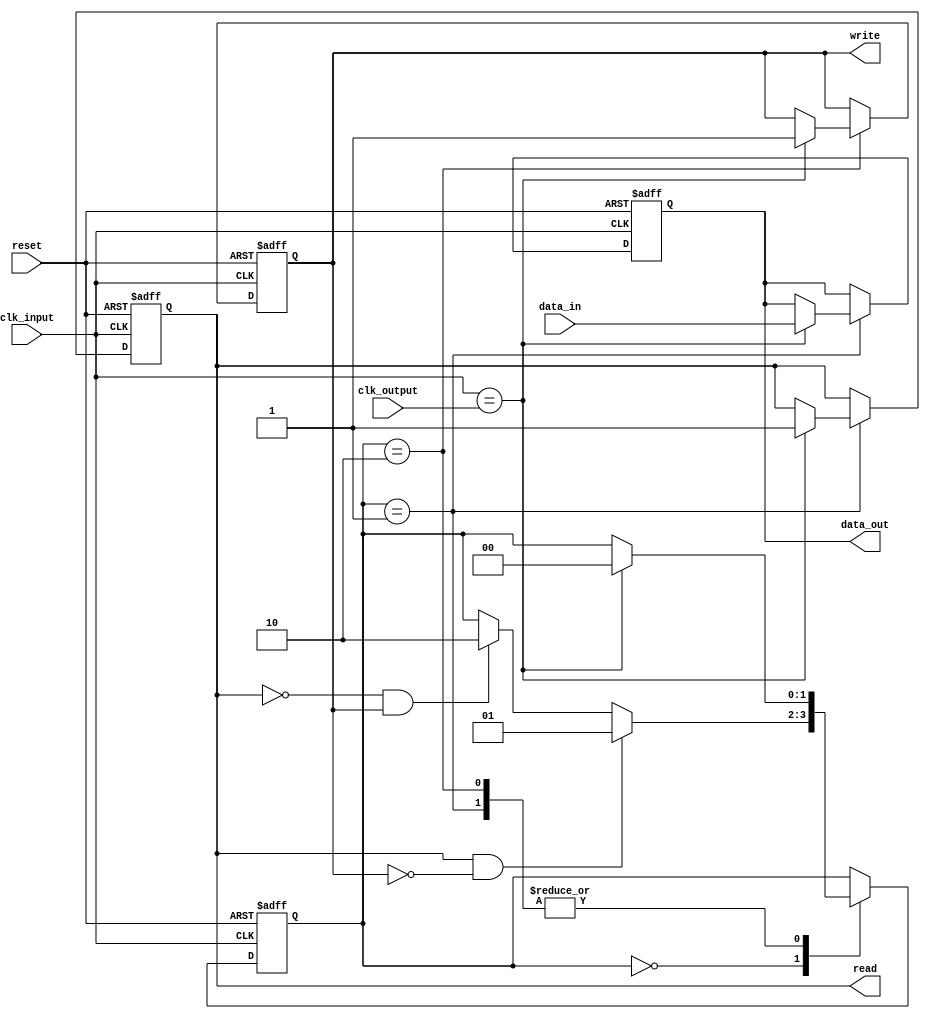
module fifo_timing_control(
    input wire clk_input,
    input wire clk_output,
    input wire reset,
    input wire data_in,
    output reg data_out,
    output reg read,
    output reg write
);

reg [1:0] state;

always @(posedge clk_input or posedge reset) begin
    if (reset) begin
        state <= 2'b00;
        read <= 1'b0;
        write <= 1'b0;
        data_out <= 1'b0;
    end else begin
        case(state)
            2'b00: begin
                if (read && !write) begin
                    state <= 2'b01;
                end else if (!read && write) begin
                    state <= 2'b10;
                end
            end
            2'b01: begin
                if (clk_input == clk_output) begin
                    read <= 1'b1;
                    data_out <= data_in;
                    state <= 2'b00;
                end
            end
            2'b10: begin
                if (clk_input == clk_output) begin
                    write <= 1'b1;
                    state <= 2'b00;
                end
            end
        endcase
    end
end

endmodule